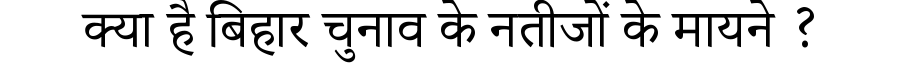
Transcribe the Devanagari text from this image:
क्या है बिहार चुनाव के नतीजों के मायने ?